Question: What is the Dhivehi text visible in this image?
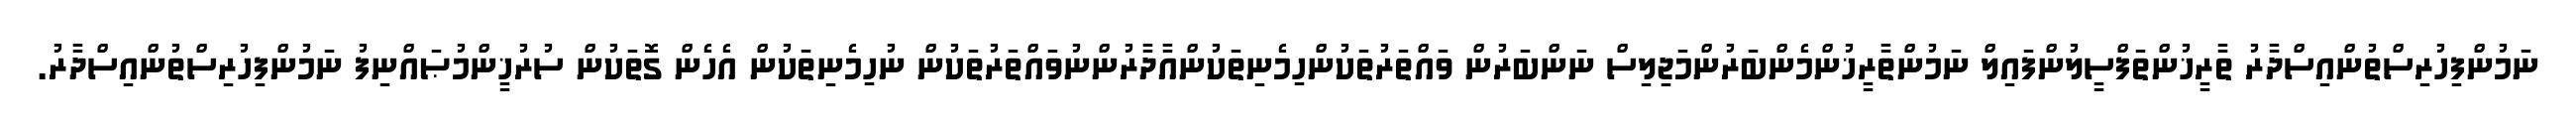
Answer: ނަމުންފިހުރިސްތުންއިސްދާރު ތާރީޚުންތަފްސީލުންފައިލް ނަމުންތާރީޚުންމެންބަރުންމަޖިލިސް ނަންބަރުން ވައްތަރުތަކުންހިމެނިތަކުންއާދާރުންނުވައްތަރުތަކުން ނުހިމެނިތަކުން އެހެން ގޮތަކުން ސުރުޚީންމުޞައްނިފު ނަމުންފިހުރިސްތުންއިސްދާރު.